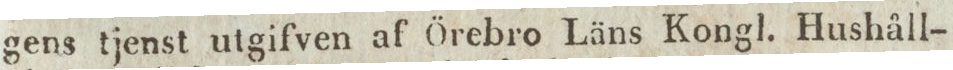
gens tjenst utgifven af Örebro Läns Kongl. Hushåll-